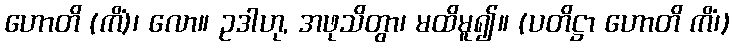
ဟောတိ (ကိံ)၊ လော။ ဥဒါဟု, အဖုသိတွာ၊ မထိမူ၍။ (ပတိဋ္ဌာ ဟောတိ ကိံ၊)